Report on horse surra - Volume I
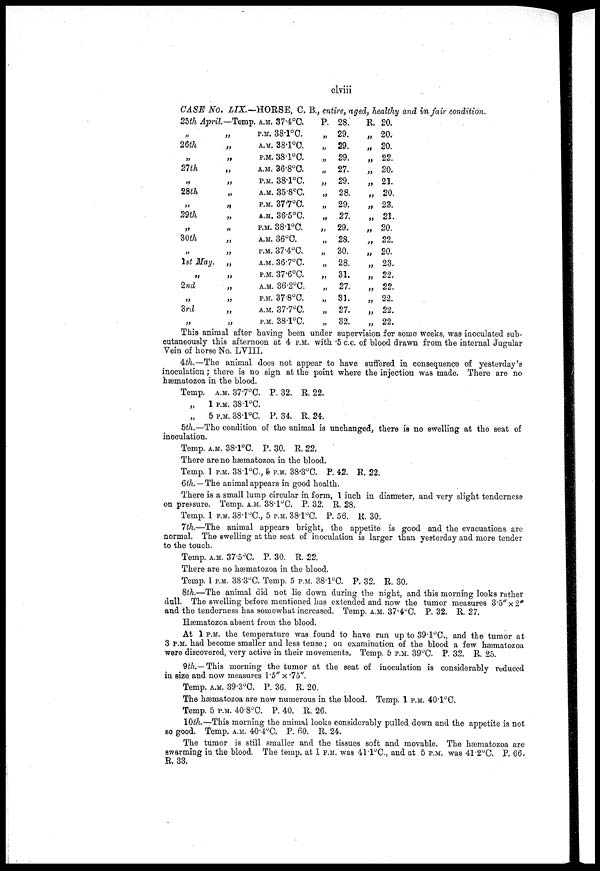
clviii
CASE No, LIX.—HORSE, C. B., entire, aged, healthy and in fair condition.
25th April.
„
26th
„
21th
„
28th
„
29th
„
30th
„
1st May.
„
2nd
„
3rd
„
—Temp.,
„
„
„
„
„
„
„
„
„
„
„
„
„
„
„
„
„
A.M. 37.4°C.
P.M. 38.l°C.
A.M. 38.l°C.
P.M. 38.1°C.
A.M. 36.8°C.
P.M. 38.1°C.
A.M. 35.8ºC.
P.M. 37.7°C.
A.M. 36.5°C.
P.M. 38.l°C.
A.M. 36°C.
P.M. 37.4°C.
A.M. 36.7°C.
P.M. 37.6°C.
A.M. 36.2°C.
P.M. 37.8°C.
A.M. 37.7°C.
P.M. 38.1°C.
P.
„
„
„
„
„
„
„
„
„
„
„
„
„
„
„
„
„
28.
29.
29.
29.
27.
29.
28.
29.
27.
29,
28.
30.
28.
31.
27,
31.
27.
32.
R.
„
„
„
„
„
„
„
„
„
„
„
„
„
„
„
„
„
20.
20,
20.
22,
20.
21.
20.
23.
21.
20,
22,
20.
23,
22.
22.
22.
22.
22.
This animal after having been under supervision for some weeks, was inoculated sub-
cutaneously this afternoon at 4 P.M. with 5 c.c. of blood drawn from the internal Jugular
Vein of horse No. LVIII.
4th.—The animal does not appear to have suffered in consequence of yesterday's
inoculation; there is no sign at the point where the injection was made. There are no
hæmatozoa in the blood.
Temp. A.M. 37.7°C. P. 32. R. 22.
„
1 P.M. 38.1°C.
„
5 P.M. 38.l°C. P. 34. R. 24.
5th.—The condition of the animal is unchanged, there is no swelling at the seat of
inoculation.
Temp. A.M. 38.1°C. P. 30. R. 22.
There are no hæmatozoa in the blood.
Temp. 1 P.M. 38.1°C., 5 P.M. 38.3°C. P. 42. R. 22.
6th.—-The animal appears in good health.
There is a small lump circular in form, 1 inch in diameter, and very slight tenderness
on pressure. Temp. A.M. 38.1°C. P. 32. R. 28.
Temp. 1 P.M. 38.l°C., 5 P.M. 38.1°C. P. 56. R. 30.
7th.—The animal appears bright, the appetite is good and the evacuations are
normal. The swelling at the seat of inoculation is larger than yesterday and more tender
to the touch.
Temp. A.M. 37.5°C. P. 30. R. 22.
There are no hæmatozoa in the blood.
Temp. 1 P.M. 38.3°C. Temp. 5 P.M. 38.1°C. P. 32. R. 30.
8th.—The animal did not lie down during the night, and this morning looks rather
dull. The swelling before mentioned has extended and now the tumor measures 3.5"x2"
and the tenderness has somewhat increased. Temp, A.M. 37.4°C. P. 32. R. 27.
Hæmatozoa absent from the blood.
At 1 P.M. the temperature was found to have run up to 39.1°C., and the tumor at
3 P.M. had become smaller and less tense; on examination of the blood a few hæmatozoa
were discovered, very active in their movements. Temp. 5 P.M. 39°C. P. 32. R. 25.
9th.— This morning the tumor at the seat of inoculation is considerably reduced
in size and now measures 1.5" x.75".
Temp. A.M. 39.3°C. P. 36. R. 20.
The hæmatozoa are now numerous in the blood. Temp. 1 P.M. 40.l°C.
Temp. 5 P.M. 40.8°C. P. 40. R. 26.
10th.—This morning the animal looks considerably pulled down and the appetite is not
so good. Temp. A.M. 40.4°C. P. 60. R. 24.
The tumor is still smaller and the tissues soft and movable. The hæmatozoa are
swarming in the blood. The temp. at 1 P.M. was 41.1°C, and at 5 P.M. was 41.2°C. P. 66
R. 33.